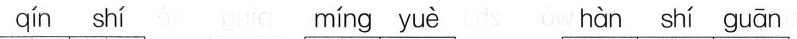
qín shí míng yuè hàn shí guān